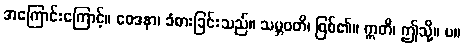
အကြောင်းကြောင့်။ ဝေဒနာ၊ ခံစားခြင်းသည်။ သမ္ဘဝတိ၊ ဖြစ်၏။ ဣတိ၊ ဤသို့။ ပ။